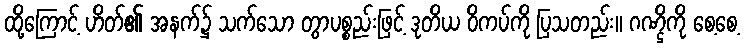
ထို့ကြောင့် ဟိတ်၏ အနက်၌ သက်သော တွာပစ္စည်းဖြင့် ဒုတိယ ဝိကပ်ကို ပြသတည်း။ ဂဏ္ဌိကို စေ့စေ့